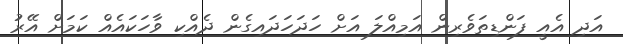
އަދި އެއީ ފަންޑިތަވެރިން އަމިއްލަ އަށް ހަދަހަދައިގެން ދެއްކި ވާހަކައެއް ކަމަށް އޭރު